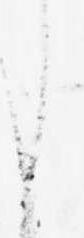
し